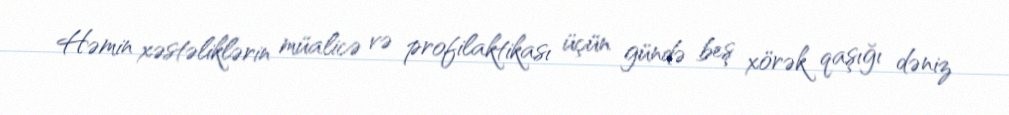
Həmin xəstəliklərin müalicə və profilaktikası üçün gündə beş xörək qaşığı dəniz